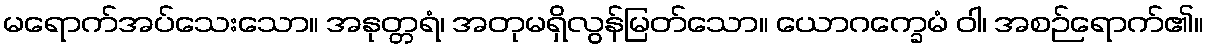
မရောက်အပ်သေးသော။ အနုတ္တရံ၊ အတုမရှိလွန်မြတ်သော။ ယောဂက္ခေမံ ဝါ၊ အစဉ်ရောက်၏။